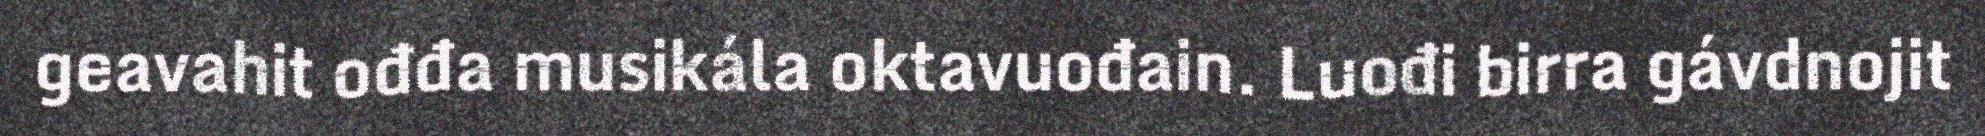
geavahit ođđa musikála oktavuođain. Luođi birra gávdnojit